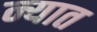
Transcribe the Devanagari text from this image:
न्यात